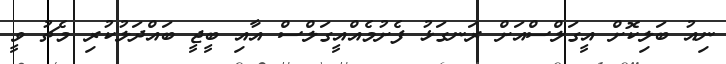
ނިއު ބަލިކޮށް އީގަލްސްއަށް ރަނގަޅު ފެށުމެއްއީގަލްސް އާއި ބީޖީ ބައްދަލުކުރި މެޗު ވީ